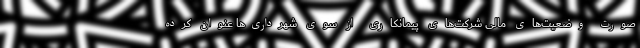
صورت وضعیت‌های مالی شرکت‌های پیمانکاری از سوی شهرداری‌ها عنوان کرده